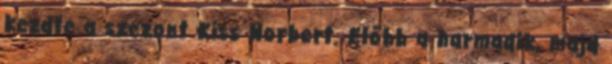
kezdte a szezont Kiss Norbert. Előbb a harmadik, majd